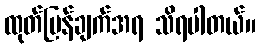
ထုတ်ပြန်ချက်အရ သိရပါတယ်။